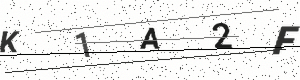
Text: K1A2F